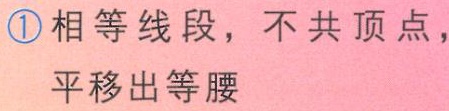
\textcircled{1}相等线段，不共顶点，
平移出等腰